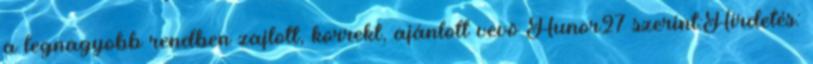
a legnagyobb rendben zajlott, korrekt, ajánlott vevõ Hunor27 szerint:Hirdetés: